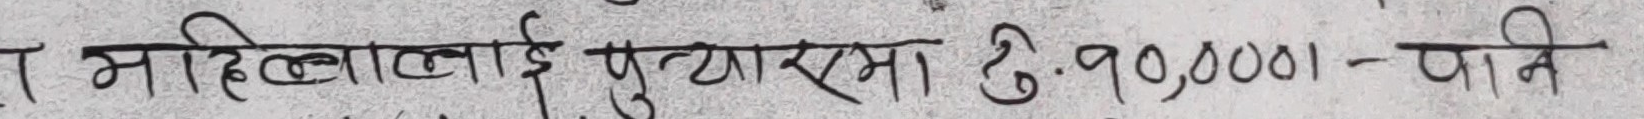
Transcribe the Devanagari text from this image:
महिलालाई पुँख्यमा रु. ११,००,००१।- पनि